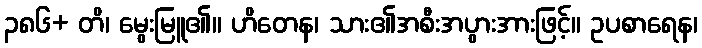
၃၈၆+ တိ၊ မွေးမြူ၏။ ဟိတေန၊ သား၏အစီးအပွားအားဖြင့်။ ဥပစာရေန၊